Medical and sanitary report of the native army of Bengal for the year
Year: 1876
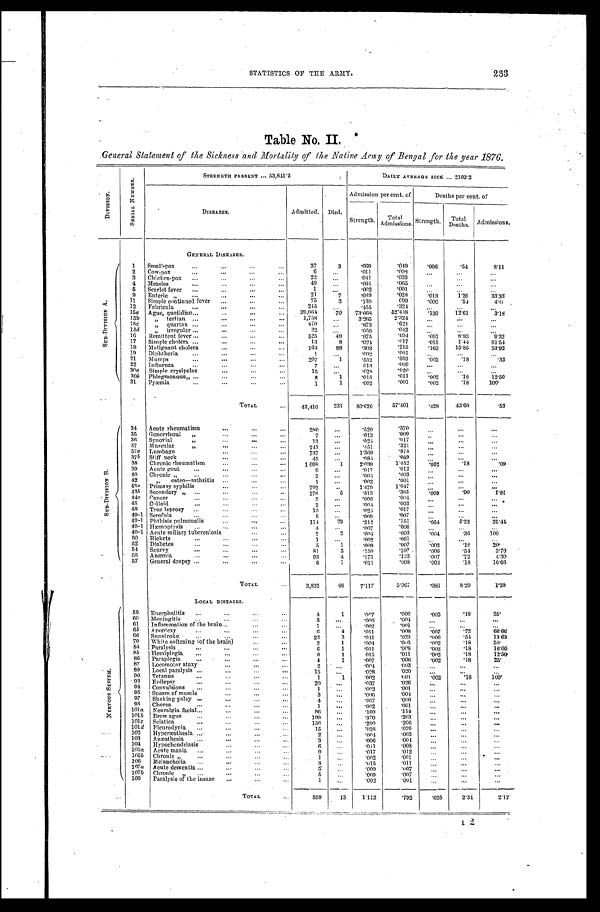
233
STATISTICS 0F THE ARMY.
Table No. II.
General Statement of the Sickness and Mortality of the Native Army of Bengal for the year 1876.
D I V S I O N
S U B R I A L N U M B E R .
STRENGTH PRESENT ... 53,841.2
DAILY AVERAGE SICK ... 2103.2
DISEASES.
Admitted.
Died.
Admission per cent. of
Deaths per cent. of
S t r e n g t h .
T o t a l Ad mi s s i o n s .
Strength.
Total Deaths.
Admissions.
GENERAL DISEASES.
S U B - D I V I S I O N A .
1
Small-pox
. . .
. . .
...
37
3
.069
. 0 4 9
.006
. 5 4
8 . 1 1
2
Cow-pox
. . .
. . .
...
6
. . .
.011
. 0 0 3
. . .
. . .
. . .
3
Chicken-pox
. . .
. . .
...
22
. . .
.041
. 0 2 9...
...
. . .
4
Measles
. . .
49
. . .
.091
. 0 6 5
. . .
. . .
. . .
5
Scarlet fever
. . .
. . .
1
. . .
.002
. 0 0 1...
. . .
. . .
9
Enteric „
..
...
21
7
.039
. 0 2 8
. 0 1 3
1.26
33.33
11
Simple continued fever
. . .
...
75
3
.139
. 0 9 9
. 0 0 6
. 5 4
4.0
12
Febricula
245
. . .
.455
. 3 2 4
. . .
...
. . .
15a
Ague, quotidian...
. . .
...
39,661
70
73.668
52. 418
. 1 3 0
12.61
3 . 1 8
15b
" tertian
. . .
. . .
. . .
1,758
. . .
3.265
2.324
. . .
. . .
. . .
15c
" quartan
. . .
. . .
. . .
470
. . .
.873
. 6 2 1
. . .
. . .
...
15 d
" irregular
. . .
. . .
32
. . .
.059
. 0 4 2
. . .
. . .
. . .
16
Remittent fever
. . .
. . .
. . .
...
525
49
.975
. 6 9 4
. 0 9 1
8.83
9.33
17
Simple cholera
...
13
8
.024
. 0 1 7
. 0 1 5
1.44
61.54
18
Malignant cholera
163
88
.303
. 2 1 5
. 1 6 3
15.85
53.92
19
Diphtheria
. . .
. . .
...
1
. . .
.002
. 0 0 1
. . .
. . .
. . .
21
Mumps
. . .
. . .
. . .
...
297
1
.552
. 3 9 3
. 0 0 2
. 1 8
. 3 3
22
Influenza
. . .
...
7
. . .
013
. 0 0 9
. . .
. . .
. . .
30a
Simple erysipelas
. . .
...
15
. . .
.028
. 0 2 0
. . .
. . .
. . .
.30b
Phlegmonous„
. . .
. . .
8
1
.015
. 0 1 1
. 0 0 2
. 1 8
12.50
31
Pyæmia.
. . .
. . .
. . .
...
1
1
.002
. 0 0 1
. 0 0 2
. 1 8 100.
S U B - D I V I S I O N B .
.
TOTAL
...
43,410
231
80.626
57.401
. 4 2 9
43.60
. 5 3
N E R V O U S S Y S T E M .
34
Acute rheumatism
. . .
. . .
...
2 8 0
. . .
.520
. 3 7 0
. . .
. . .
. . .
35
Gonorrhœal
"
. . .
...
7
. . .
.013
. 0 0 9
. . .
. . .
. . .
36
Synovial
"
. . .
...
13
. . .
.024
. 0 1 7
. . .
...
...
37
Muscular
"
. . .
...
243
. . .
.451
. 3 2 1
. . .
. . .
. . .
37a
Lumbago
...
737
. . .
1.369
. 9 7 5
. . .
. . .
. . .
37b
Stiff neck
. . .
. . .
...
45
. . .
.084
. 0 5 9
. . .
. . .
. . .
38
Chronic rheumatism
. . .
1 098
1
2.0 39
1.452
. 0 0 2
. 1 8
. 0 9
39
Acute gout
. . .
. . .
9
. . .
.017
. 0 1 2
...
. . .
. . .
40
Chronic
"
. . .
. . .
2
. . .
.004
. 0 0 3
...
. . .
. . .
42
"
osteo...artliritis
. . .
1
. . .
.002
. 0 0 1
. . .
. . .
...
43a
Primary syphilis
. . .
. . .
792
. . .
1.479
1.047
. . .
...
. . .
43 b
Secondary
"
. . .
. . .
276
5
.513
. 3 6 5
. 0 0 9
. 9 0
1.81
44 c
Cancer
. . .
. . .
3
. . .
. 0 0 6
. 0 0 4
. . .
. . .
...
45
Colloid
...
2
. . .
. 0 0 4
. 0 0 3
. . .
. . .
. . .
48
True leprosy
. . .
. . .
. . .
...
13
. . .
.024
. 0 1 7
...
...
. . .
49-1 Scrofula
. . .
5
. . .
.009
. 0 0 7
. . .
. . .
. . .
49-1
Phthisis pulmonalis
. . .
...
114
29
.212
. 1 5 1
. 0 5 4
5.23
25.44
49-1 Hæmoptysis
. . .
. . .
. . .
...
4
. . .
.007
. 0 0 6
. . .
. . .
. . .
49-1 Acute miliary tuberculosis
2
2
.004
. 0 0 3
. 0 0 4
. 3 6 100
50
Rickets
. . .
. . .
. . .
...
1
. . .
.002
. 0 0 1
...
...
...
52
Diabetes
. . .
. . .
...
5
1
.009
. 0 0 7
. 0 0 2
. 1 8
20.
54
Scurvy
. . .
. . .
...
81
3
.150
. 1 0 7
. 0 0 6
. 5 4
3.70
55
Anæmia
. . .
...
93
4
.173
. 1 2 3
. 0 0 7
. 7 2
4.30
57
General dropsy
. . .
. . .
6
1
.011
. 0 0 8
. 0 0 2
. 1 8
16.66
TOTAL
3,832
46
7.117
5.067
. 0 8 6
8.29
1.20
N E R V O U S S Y S T E M .
LOCAL DISEASES.
59
Encephalitis
4.
1
.007
. 0 0 6
. 0 0 2
. 1 8
25.
60
Meningitis
3
. . .
.006
. 0 0 4
. . .
...
. . .
61
Inflammation of the brain...
. . .
. . .
1
. . .
.002
. 0 0 1
. . .
. . .
...
65
Ap oplexy
6
4
. 0 1 1
. 0 0 8
. 0 0 7
. 7 2
6 6 . 6 6
6 6 Sunstroke
22
3
.041
. 0 2 9
. 0 0 6
. 5 4
13 63
70
While softening (of the brain)
. . .
. . .
2
1
.004
. 0 0 3
. 0 0 2
. 1 8
50.
84
Paralysis
. . .
. . .
. . .
6
1
.011
. 0 0 8
. 0 0 2
. 1 8
16.66
85
Hemiplegia
. . .
8
1
015
. 0 1 1
. 0 0 2
. 1 8
12.50
86
Paraplegia
. . .
. . .
. . .
. . .
4
1
.007
. 0 0 6
. 0 0 2
. 1 8
25.
87
Locomotor ataxy
. . .
. . .
2
. . .
.004
. 0 0 3
. . .
. . .
. . .
89
Local paralysis
. . .
. . .
. . .
15
. . .
.028
. 0 2 0
. . .
...
. . .
90
Tetanus
1
1
.002
. 0 0 1
. 0 0 2
. 1 8 100.
93
Epilepsy
20
. . .
.037
. 0 2 6
. . .
. . .
. . .
94
Convulsions
1
. . .
.002
. 0 0 1
. . .
... ...
95
Spasm of muscle
3
. . .
. 0 0 6
. 0 0 4
...
... ...
97
Shaking palsy
4
. . .
.007
. 0 0 6
. . .
. . .
. . .
98
Chorea
1
. . .
.002
. 0 0 1
. . .
...
. . .
101 a
Neuralgia facial.
8 6
. . .
.160
. 1 1 4
. . .
. . .
. . .
101 b
Brow ague
199
. . .
.370
. 2 6 3
. . .
. . .
. . .
101 c
Sciatica
156
. . .
.290
. 2 0 6
...
...
. . .
101 d
Pleurodynia
15
. . .
.028
. 0 2 0
... ... ...
102
Hyperæsthesia
2
. . .
.004
. 0 0 3
...
. . .
. . .
103
Anæsthesia
3
. . .
.006
. 0 0 4
. . .
... ...
104
Hypochendriasis
. . .
6
. . .
.011
. 0 0 8
. . .
...
...
105 a
Acute mania
. . .
. . .
. . .
. . .
9
. . .
.017
. 0 1 2
... ... ...
105 b
Chronic
"
. . .
. . .
. . .
1
. . .
.002
. 0 0 1
. . .
...
. . .
106
Melancholia
8
. . .
.015
. 0 1 1
...
...
...
107a
Acute dementia
. . .
5
. . .
.009
. 0 0 7
. . .
. . .
. . .
107 b
Chronic
„
5
. . .
.009
. 0 0 7
... ...
. . .
108
Paralysis of the insane
. . .
. . .
1
. . .
.002
. 0 0 1
... ... ...
TOTAL
599
13
1.112
.792
. 0 2 5
2.34
2.17